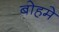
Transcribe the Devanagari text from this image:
बोहमे